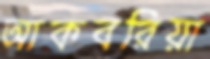
আকবরিয়া